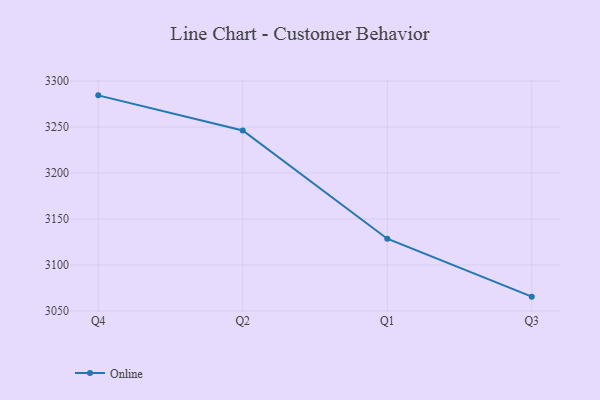
{"axis": {"x": "Quarter", "y": "Website Visitors"}, "legend": ["Online"], "data": [{"x": "Q4", "y": 3284.5, "type": "Online"}, {"x": "Q2", "y": 3246.3, "type": "Online"}, {"x": "Q1", "y": 3128.5, "type": "Online"}, {"x": "Q3", "y": 3065.5, "type": "Online"}]}